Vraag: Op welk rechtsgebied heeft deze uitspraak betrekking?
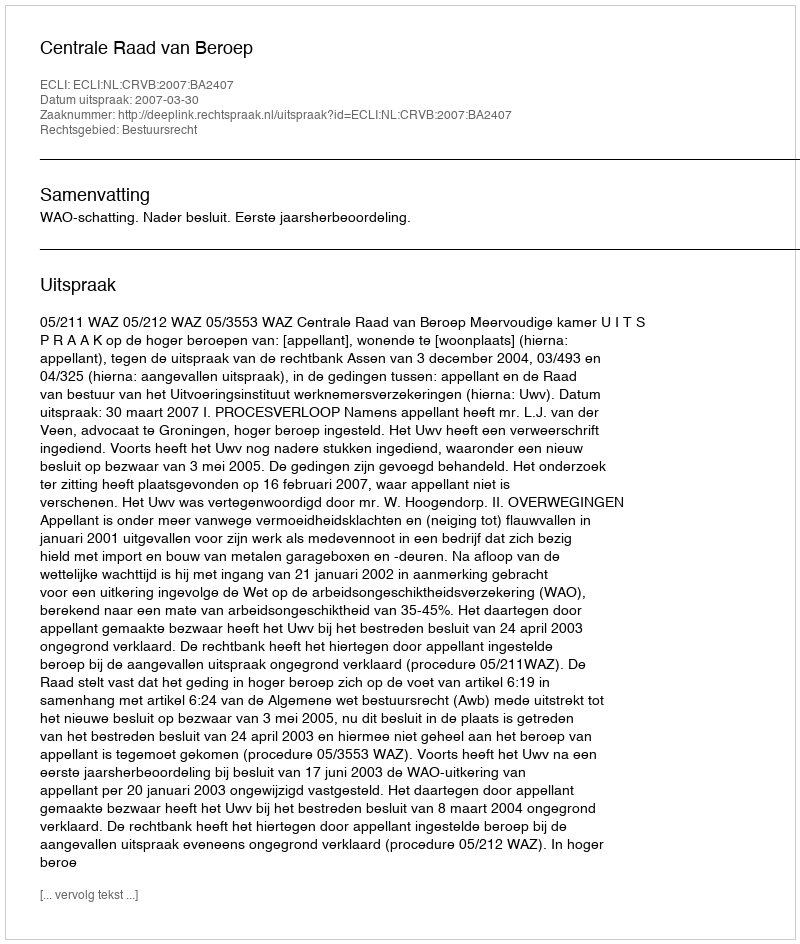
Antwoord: Bestuursrecht